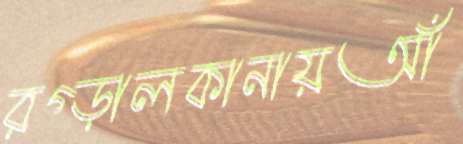
রগ্‌ড়ালকানায়আঁ